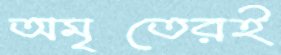
অমৃতেরই